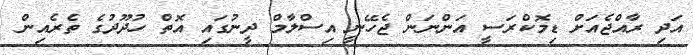
އަދި ރާއްޖެއަށް ޑިމޮކްރަސީ އަންނަން ޖެހޭނީ އިސްލާމް ދީނުގައި އޮތް ހުދޫދުގެ ތެރެއިން